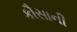
કૌસાની